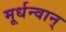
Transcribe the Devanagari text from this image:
मूर्धन्वान्‌